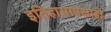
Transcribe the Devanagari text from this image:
इतिहासापेक्षाही